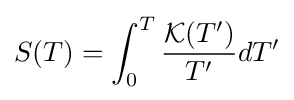
S(T)=\int _{0}^{T}{{\mathcal {K}}(T') \over T'}dT'